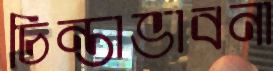
চিন্তাভাবনা